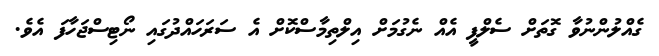
ގެއްލުންނުވާ ގޮތަށް ސެލްފީ އެއް ނެގުމަށް އިލްތިމާސްކޮށް އެ ސަރަހައްދުގައި ނޯޓިސްޖަހާފަ އެވެ.